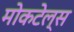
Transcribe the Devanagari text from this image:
मोकटेल्स